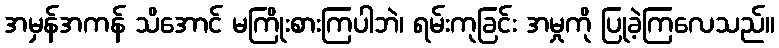
အမှန်အကန် သိအောင် မကြိုးစားကြပါဘဲ၊ ရမ်းကုခြင်း အမှုကို ပြုခဲ့ကြလေသည်။